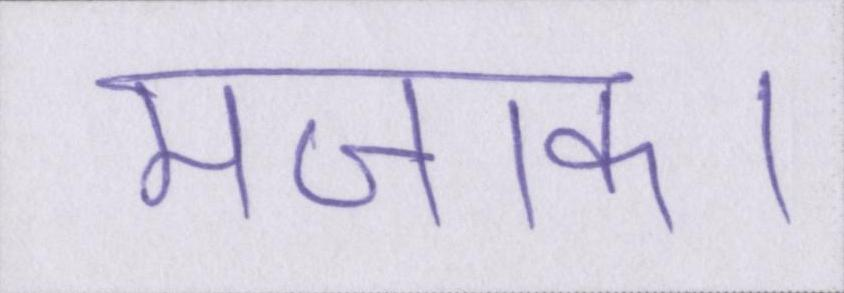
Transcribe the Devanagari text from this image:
मजाक।